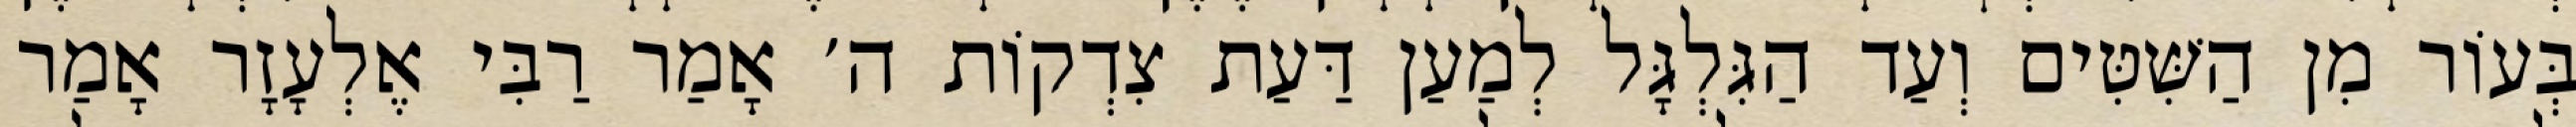
בְּעוֹר מִן הַשִּׁטִּים וְעַד הַגִּלְגָּל לְמַעַן דַּעַת צִדְקוֹת ה׳ אָמַר רַבִּי אֶלְעָזָר אָמַר